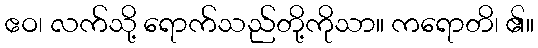
ဧဝ၊ လက်သို့ ရောက်သည်တို့ကိုသာ။ ကရောတိ၊ ၏။